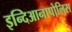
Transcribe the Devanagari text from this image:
इन्दिआनापोलिस